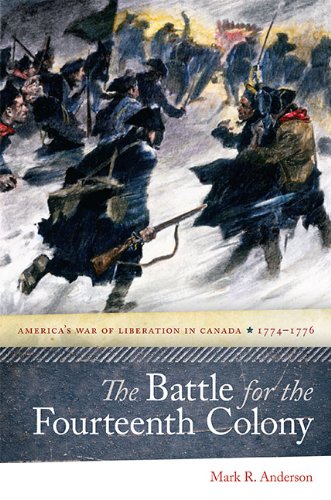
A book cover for The Battle for the Fourteenth Colony: America's War of Liberation in Canada, 1774-1776; Mark R. Anderson; History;